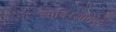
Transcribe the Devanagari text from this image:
आदि।जौनपुर